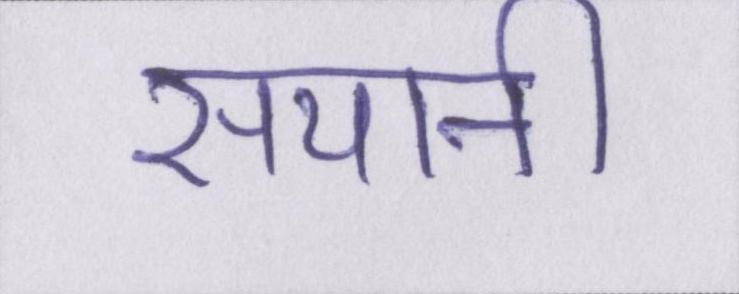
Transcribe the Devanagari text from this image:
सयानी